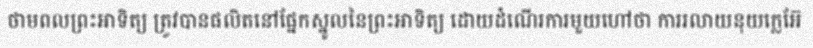
ថាមពលព្រះអាទិត្យ ត្រូវបានផលិតនៅផ្នែកស្នូលនៃព្រះអាទិត្យ ដោយដំណើរការមួយហៅថា ការរលាយនុយក្លេអ៊ែ